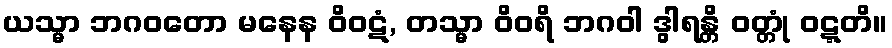
ယသ္မာ ဘဂဝတော မနေန ဝိဝဋံ, တသ္မာ ဝိဝရိ ဘဂဝါ ဒွါရန္တိ ဝတ္တုံ ဝဋ္ဋတိ။